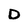
Character: D